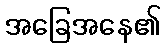
အခြေအနေ၏